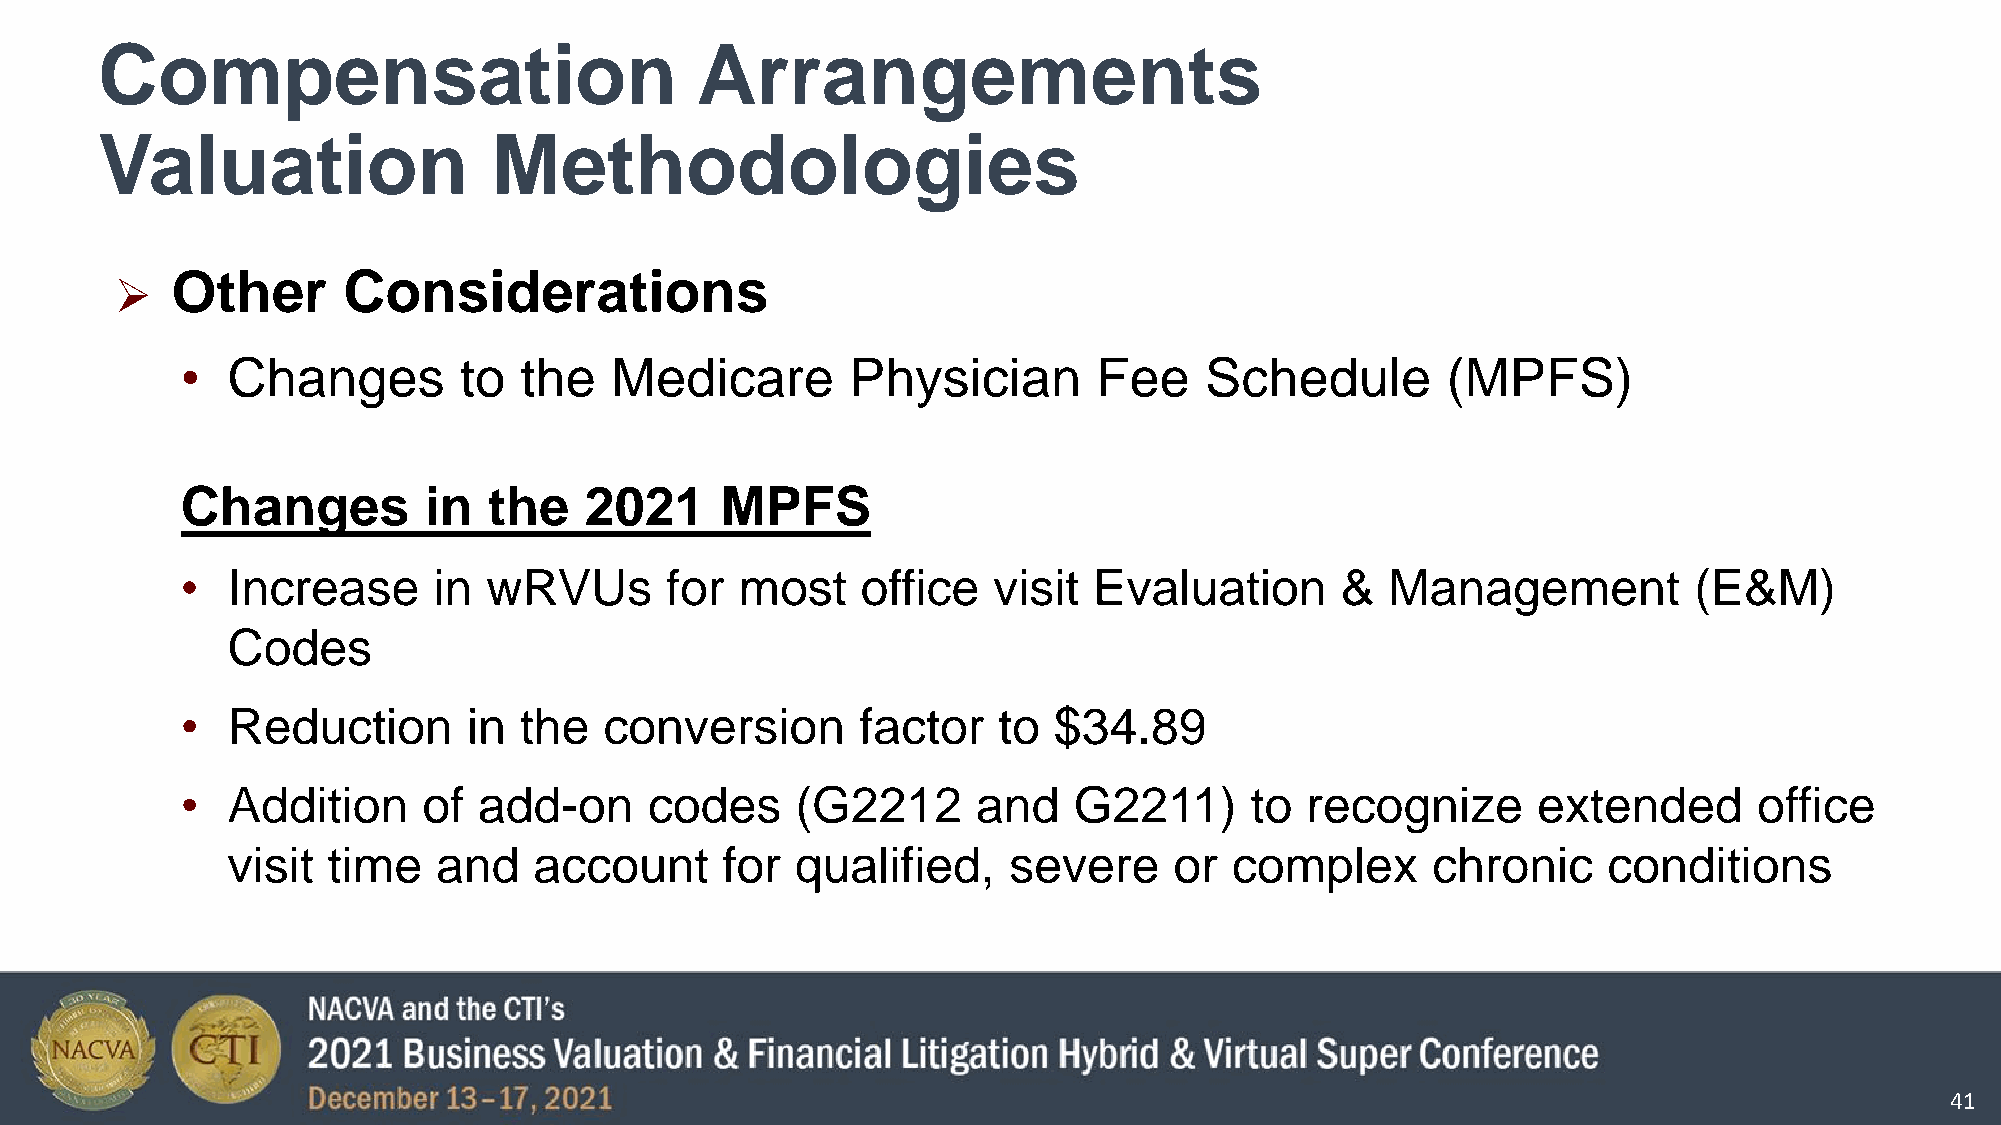
Compensation                            Arrangements
 Valuation                  Methodologies
 Other       Considerations
 
 •  Changes        to  the   Medicare        Physician        Fee    Schedule        (MPFS)
 Changes         in  the    2021     MPFS
 •  Increase      in wRVUs       for  most    office   visit Evaluation       &  Management          (E&M)
 Codes
 •  Reduction       in the   conversion       factor   to  $34.89
 •  Addition     of  add-on     codes     (G2212      and   G2211)      to recognize       extended      office
 visit  time   and   account      for  qualified,    severe     or  complex      chronic    conditions
 41